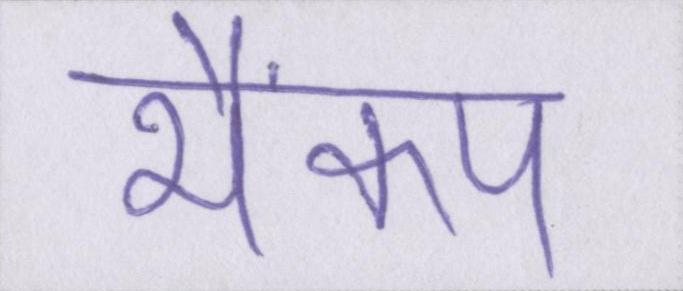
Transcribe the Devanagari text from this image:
भैकंप